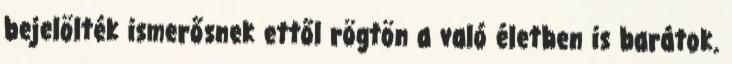
bejelölték ismerősnek ettől rögtön a való életben is barátok.